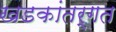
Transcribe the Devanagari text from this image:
खडकांतर्गत